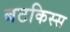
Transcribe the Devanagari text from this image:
बटकिस्स